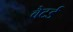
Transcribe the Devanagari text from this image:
बैटर्ड